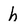
Character: h